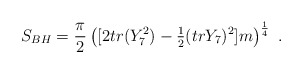
\begin{align*}S_{BH}= {{\pi}\over 2} \left([2tr(Y_7^2)-{\textstyle {1\over 2}}(tr Y_7)^2]m \right )^{1\over 4} \ .\end{align*}